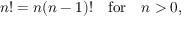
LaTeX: n ! = n ( n - 1 ) ! \quad { \mathrm { f o r } } \quad n > 0 ,